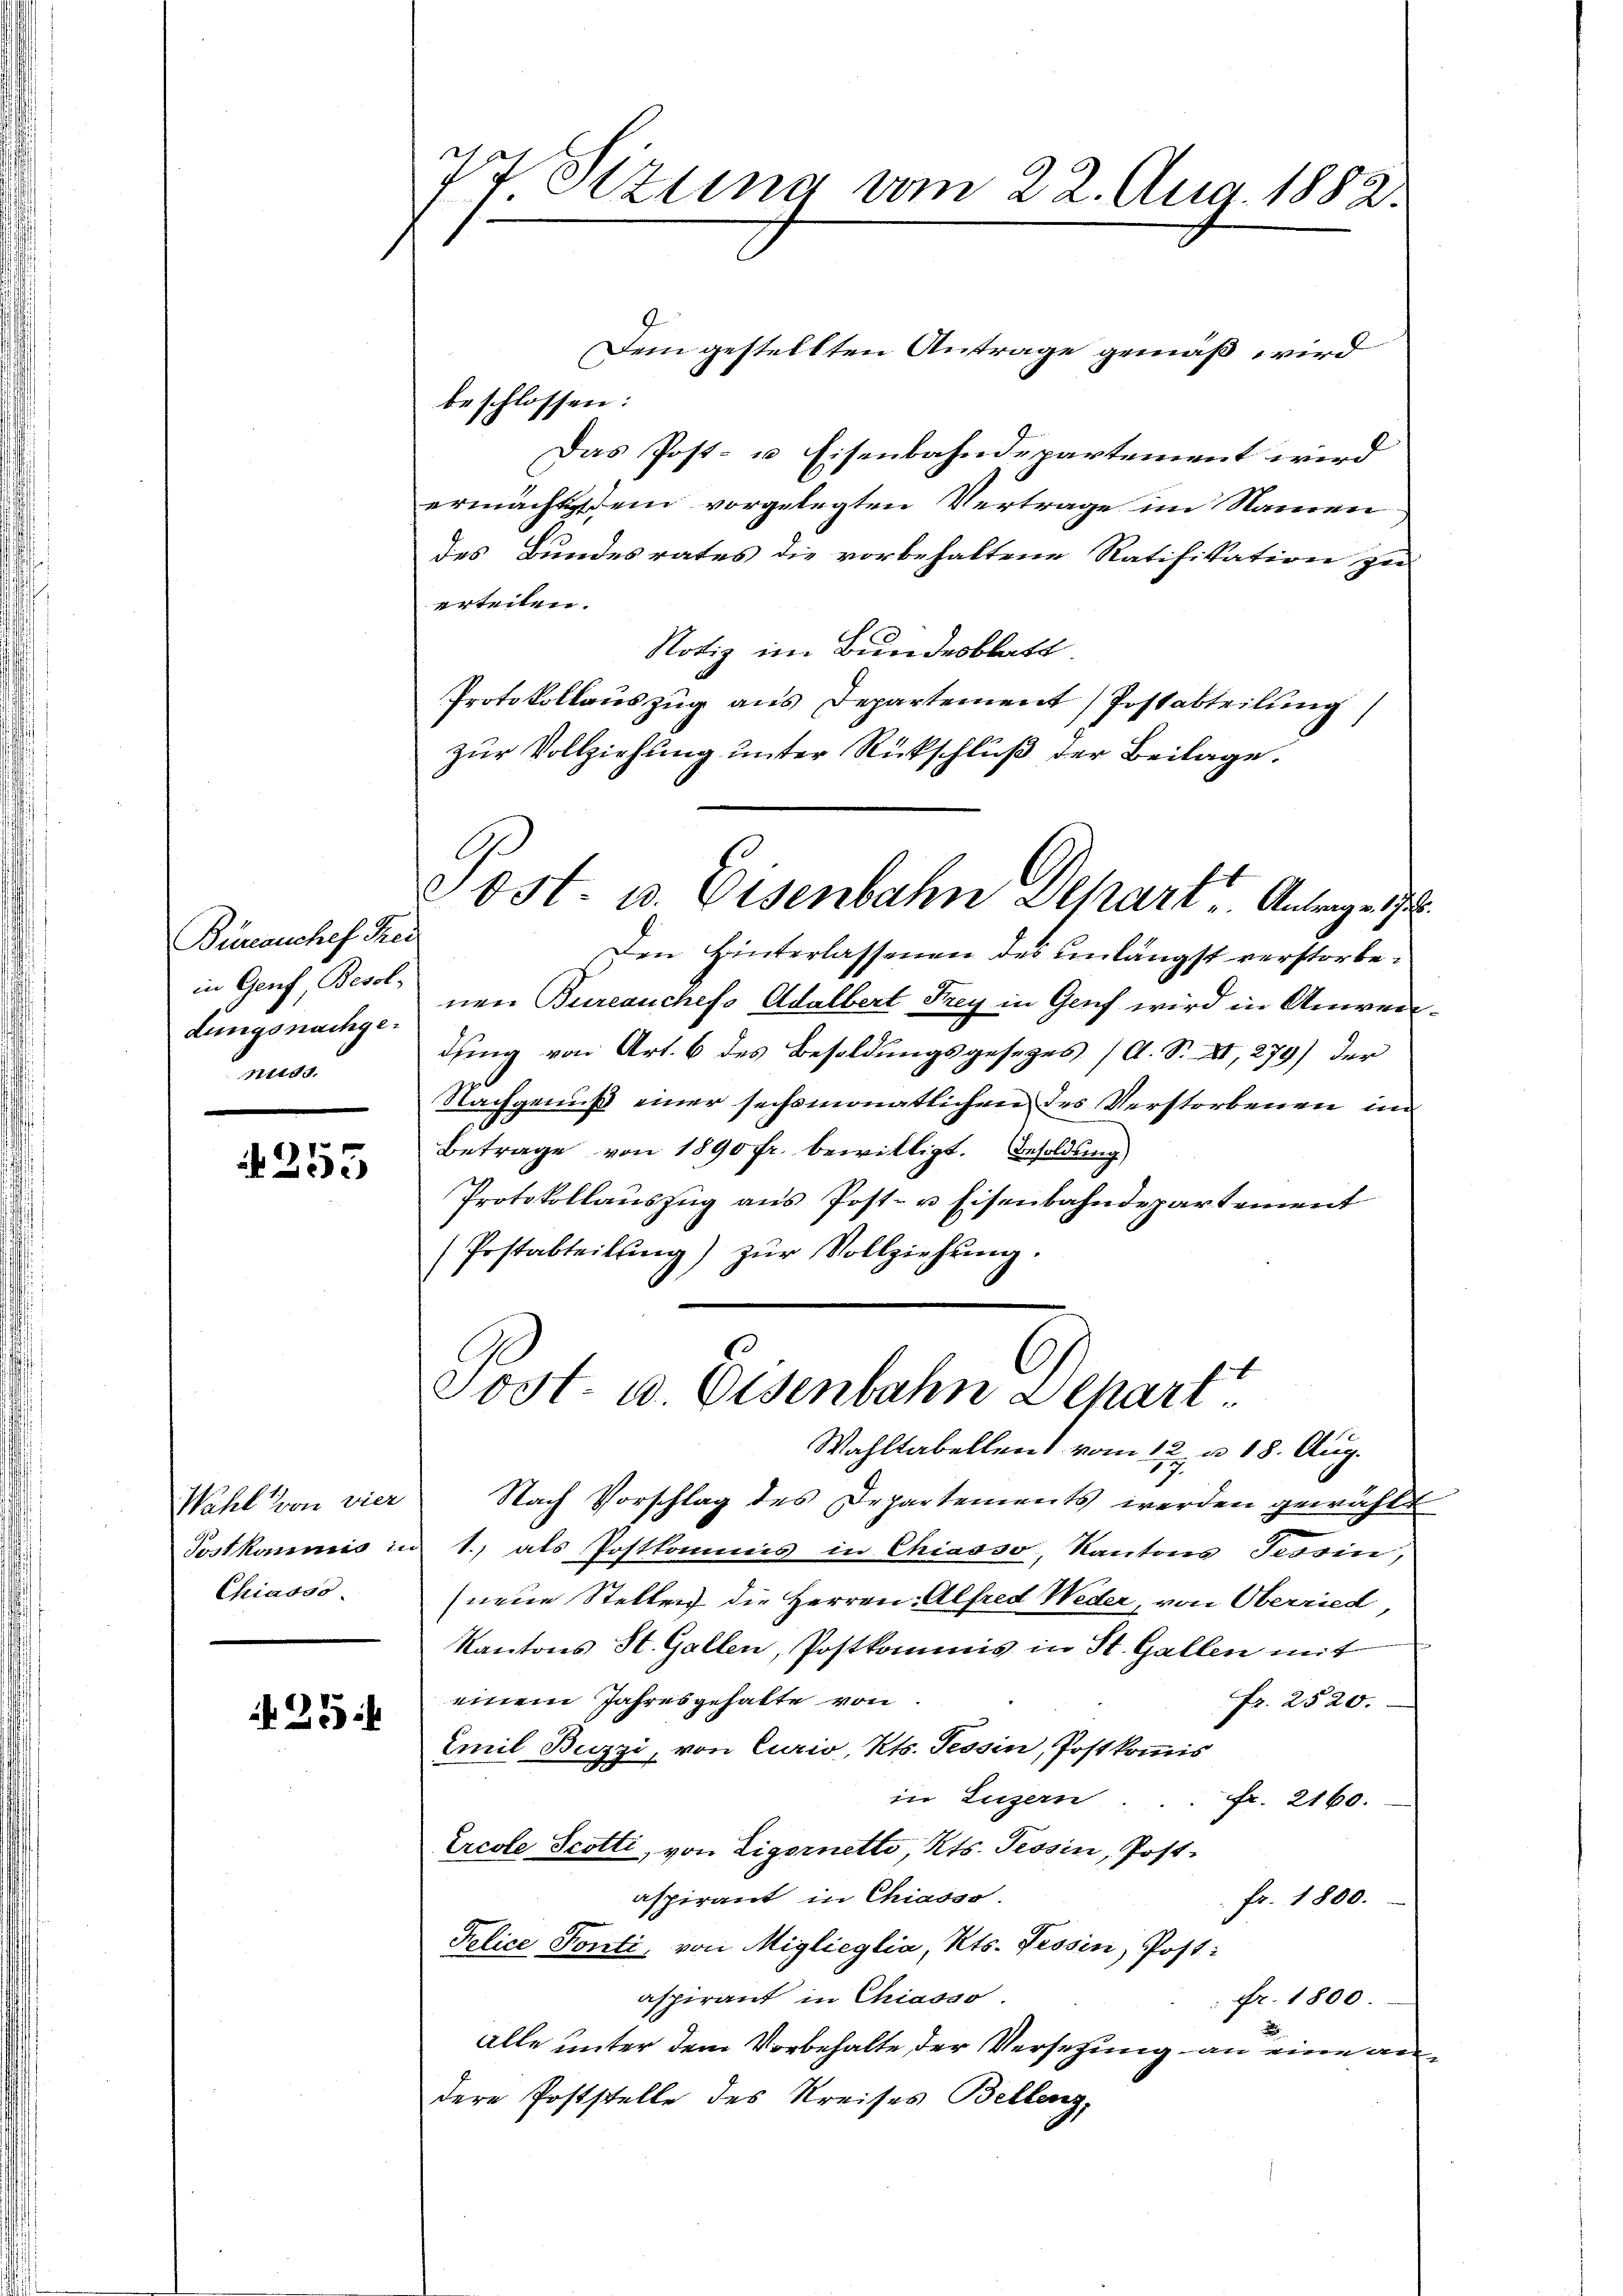
Büreauchef Frei
in Genf Besol¬
Lunge nachgenuss.

255

Wahl von vier
Posthaumig in
Chiasso

25

7t Sitzung vom 22. Aug. 1882.

Dem gestellten Antrage gemäß wird
beschlossen:
Das Post- u Eisenbahndepartement wird
ermächt dem vorgelegten Vertrage im Namen-
des Bundesrates die vorbehaltene Ratifikation zu
erteilen.
Notiz im Bundesblatt
Protokollauszug aus Departement Postabteilung
zur Vollziehung unter Rückschluß der Beilage.

Ost. u. Eisenbahn Dehart, Antrage 17

Den Hinterlassenen des unlängst verstorbenen Bureauchefs Adalbert Frey in Genf wird in Anwendung von Art. 6 des Besoldungsgesetzes (A. S. XI, 279) der
Nachgenuß einer sechsmonatlichen des Verstorbenen im
Betrage von 1890 fr. bewilligt. Besoldung
Protokollaŭszŭg ans Post- u Eisenbahndepartement
(Postabteilŭng zŭr Vollziehŭng.
Nach Vorschlag des Departements werden gewählt
1.) als Postkommes in Chiasso, Kantons Tessin,
neue Stellen die Herren Alfred Weder, von Oberried
Kantons St. Gallen, Postkommis in St. Gallen mit
einem Jahresgehalte von
Fr. 2520.
Emil Buzzi, von Curio, Kts. Tessin, Postkommis
in Luzern
Fr. 2160.
Ercole Scotti, von Eigornetto, Kts. Tessin, Post-
aspirant in Chiasso.
fr. 1800.
Police Ponti, von Miglieglia, Kts. Tessin, Post:
aspirant in Chiasso
Fr. 1800
x
alle unter dem Vorbehalte der Versetzung an eine andere Poststelle des Kreises Bellenz,

Sost- u. Eisenbahn Depart.
Wahltabellen vom 12. u 18. Aug.